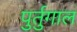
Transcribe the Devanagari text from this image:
पुर्तुगाल